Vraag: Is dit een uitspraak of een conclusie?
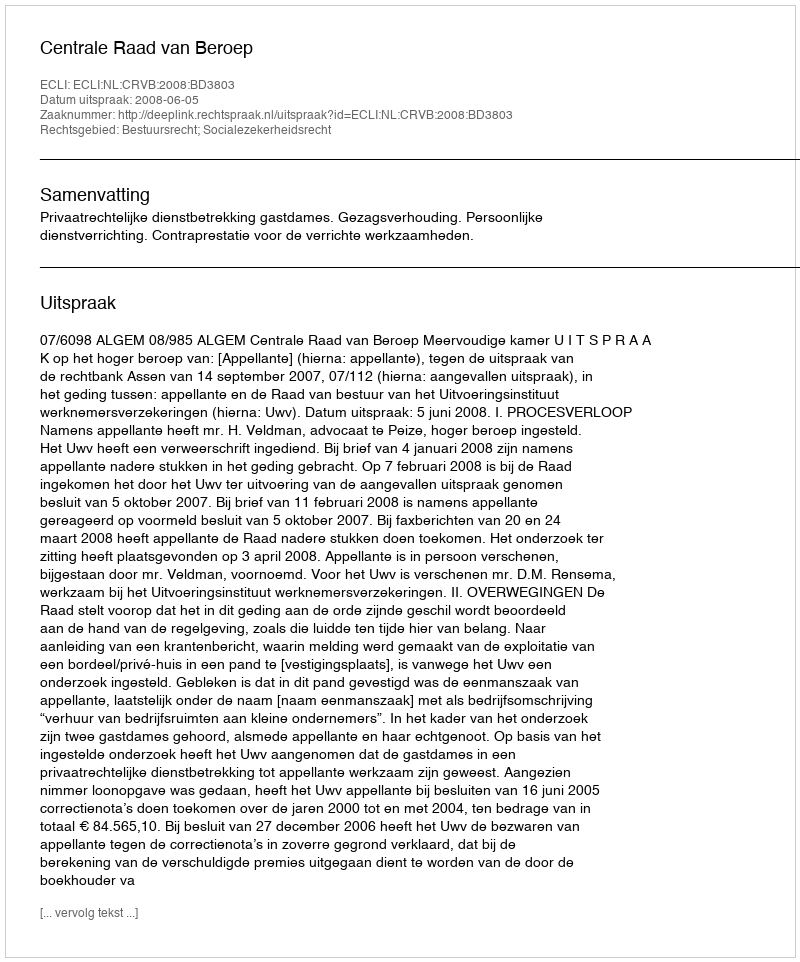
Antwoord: Uitspraak